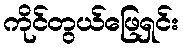
ကိုင်တွယ်ဖြေရှင်း